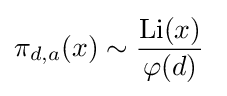
\pi _{d,a}(x)\sim {\frac {\operatorname {Li} (x)}{\varphi (d)}}\